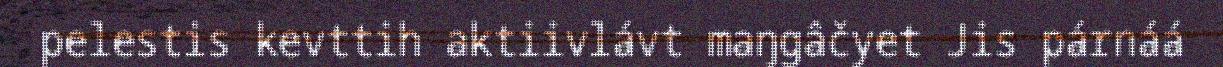
pelestis kevttih aktiivlávt maŋgâčyet Jis párnáá